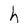
Character: h